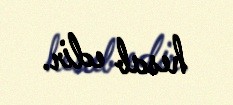
hesab edir.